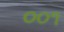
૦૦૧